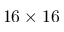
1 6 \times 1 6